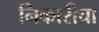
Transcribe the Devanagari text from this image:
निकारीचा